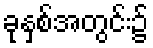
ခုနှစ်အတွင်း၌